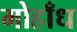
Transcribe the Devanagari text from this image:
मोहाँध